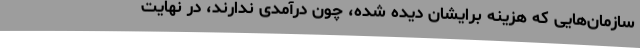
سازمان‌هایی که هزینه برایشان دیده شده، چون درآمدی ندارند، در نهایت